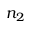
n _ { 2 }